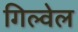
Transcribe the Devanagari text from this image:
गिल्वेल